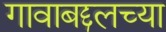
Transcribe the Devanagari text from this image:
गावाबद्दलच्या